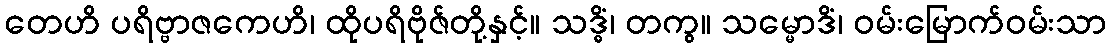
တေဟိ ပရိဗ္ဗာဇကေဟိ၊ ထိုပရိဗိုဇ်တို့နှင့်။ သဒ္ဓိံ၊ တကွ။ သမ္မောဒိံ၊ ဝမ်းမြောက်ဝမ်းသာ